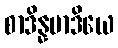
စာဒိန္နမာဒိယေ